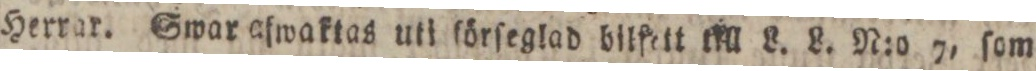
herrar. Swar afwaktas uti förſeglad bilfett till L. L. N:o 7, ſom